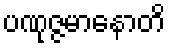
ပဏုဇ္ဇမာနောတိ